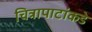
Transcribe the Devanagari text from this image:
चित्रापाटांकडे